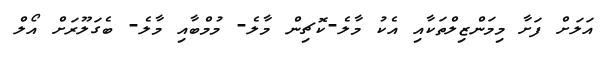
އަލަށް ފަށާ މިމަންޒިލްތަކާއި އެކު މާލެ-ކޮޗިން މާލެ- މުމްބާއި މާލެ- ބެގަލޫރަށް އޯލް